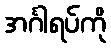
အင်္ဂါရပ်ကို